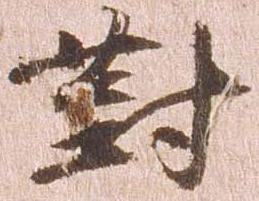
対